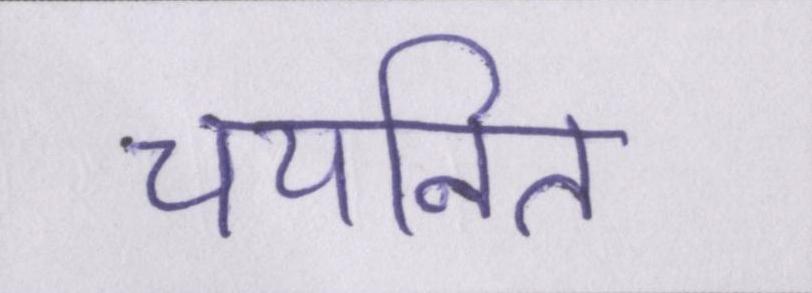
चयनित